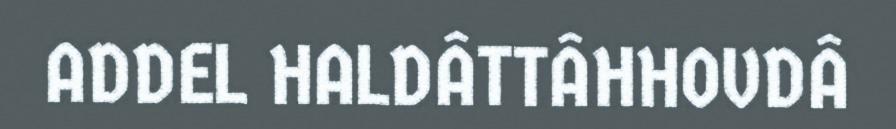
ADDEL HALDÂTTÂHHOVDÂ